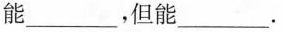
能_________，但能_________.